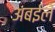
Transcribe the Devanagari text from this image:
अबईले